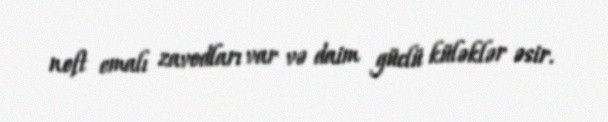
neft emalı zavodları var və daim güclü küləklər əsir.